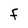
Character: f